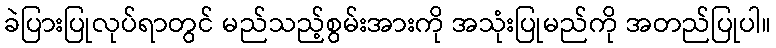
ခဲပြားပြုလုပ်ရာတွင် မည်သည့်စွမ်းအားကို အသုံးပြုမည်ကို အတည်ပြုပါ။